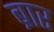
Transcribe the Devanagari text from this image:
ब्रार